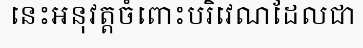
នេះអនុវត្តចំពោះបរិវេណដែលជា